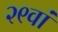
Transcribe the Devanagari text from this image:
२९वां